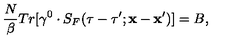
\frac { N } { \beta } T r [ \gamma ^ { 0 } \cdot S _ { F } ( \tau - \tau ^ { \prime } ; { \bf x } - { \bf x } ^ { \prime } ) ] = B ,